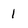
Character: 1